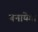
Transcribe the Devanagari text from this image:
बनायेंगा